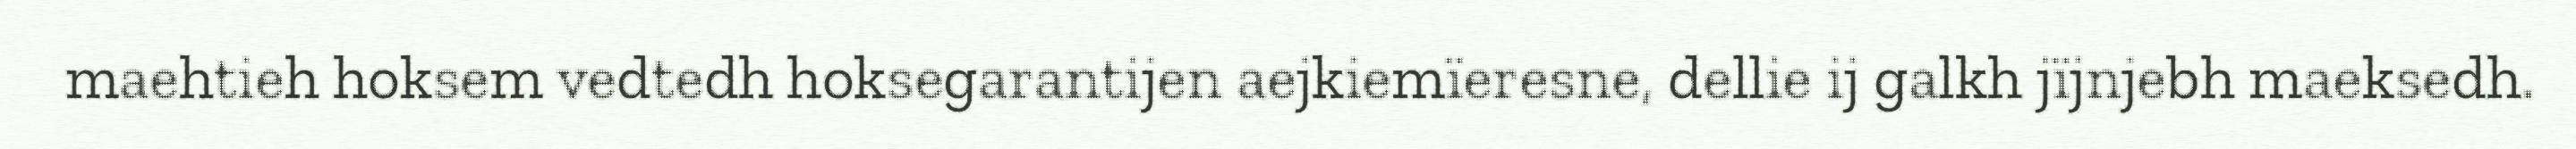
maehtieh hoksem vedtedh hoksegarantijen aejkiemïeresne, dellie ij galkh jïjnjebh maeksedh.